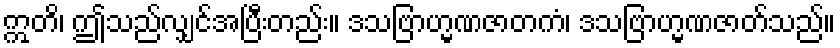
ဣတိ၊ ဤသည်လျှင်အပြီးတည်း။ ဒသဗြာဟ္မဏဇာတကံ၊ ဒသဗြာဟ္မဏဇာတ်သည်။